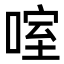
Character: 㗌